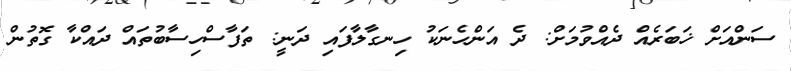
ސަންއަށް ޚަބަރެއް ދެއްވުމަށް: ދެ އަންހެނަކު ހިނގާލާފައި ދަނީ: ތަފާސްހިސާބުތައް ދައްކާ ގޮތުން